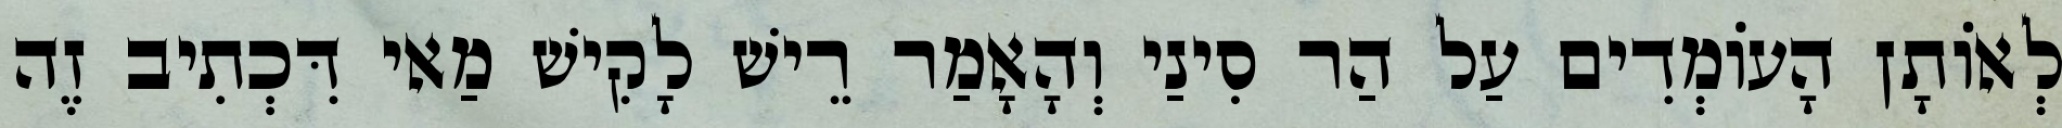
לְאוֹתָן הָעוֹמְדִים עַל הַר סִינַי וְהָאָמַר רֵישׁ לָקִישׁ מַאי דִּכְתִיב זֶה